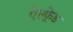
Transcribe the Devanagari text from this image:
ऐल्फ़्रेड